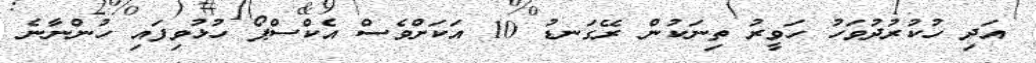
އަދި ހުކުރުދުވަހު ހަވީރު ތިނަކުން ރޭގަނޑު 10 އަކަށްވެސް އެކްސްޕޯ ހުޅުވިފައި ހުންނާނެ